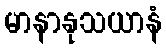
မာနာနုသယာနံ